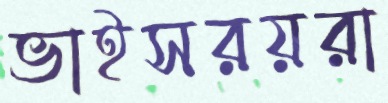
ভাইসরয়রা